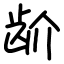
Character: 𬹼